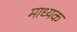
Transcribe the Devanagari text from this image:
माध्यक